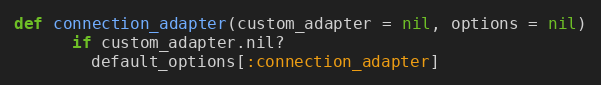
Language: Ruby
def connection_adapter(custom_adapter = nil, options = nil)
      if custom_adapter.nil?
        default_options[:connection_adapter]